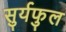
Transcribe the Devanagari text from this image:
सुर्यफुल